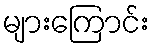
များကြောင်း